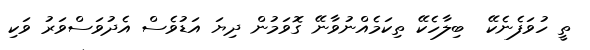
ތީ ހުވަފެނެކޭ  ބިލާހެކޭ ތިކަމެއްނުވާނޭ ގޮވަމުން ދިޔަ އަޑުވެސް އެދުވަސްވަރު ވަކި